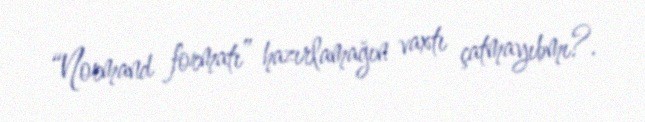
“Normand formatı” hazırlamağın vaxtı çatmayıbmı?.